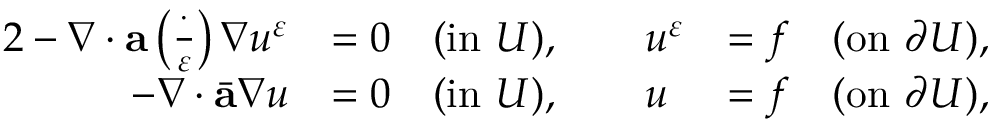
\begin{array} { r l r } { { 2 } - \nabla \cdot \mathbf { a } \left( \frac { \cdot } { \varepsilon } \right) \nabla u ^ { \varepsilon } } & { = 0 \quad ( \mathrm { i n ~ } U ) , \qquad u ^ { \varepsilon } } & { = f \quad ( \mathrm { o n ~ } \partial U ) , } \\ { - \nabla \cdot \bar { \mathbf { a } } \nabla u } & { = 0 \quad ( \mathrm { i n ~ } U ) , \qquad u } & { = f \quad ( \mathrm { o n ~ } \partial U ) , } \end{array}